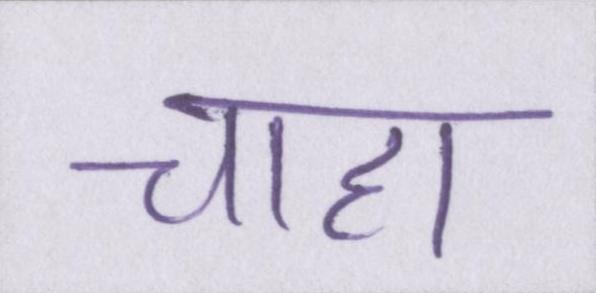
चाहा